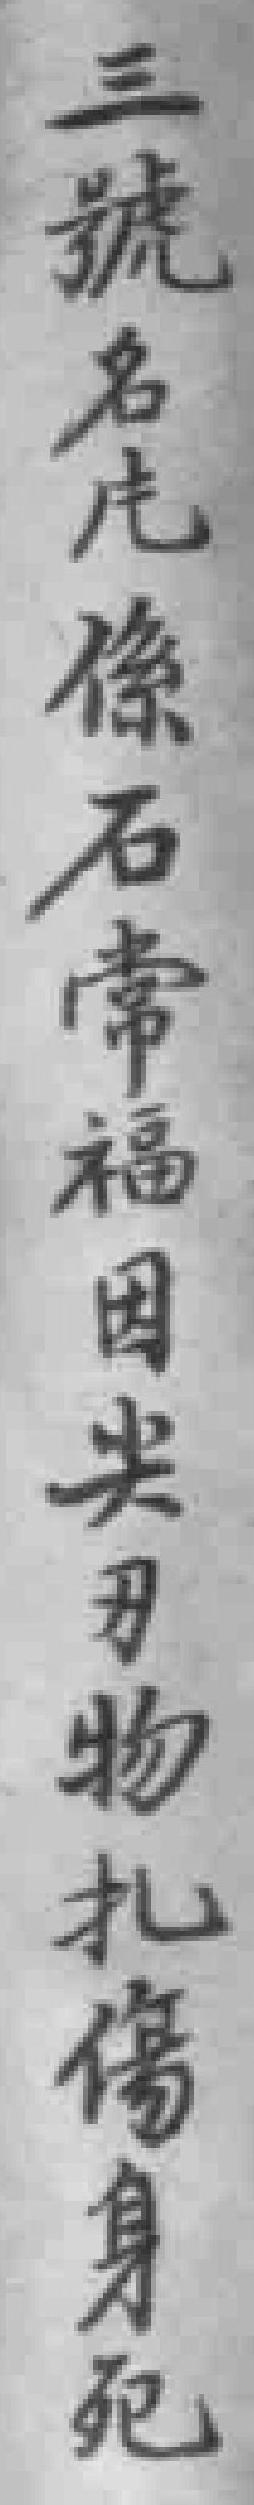
三號名庀係石常福因尖刃物扎傷身死